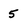
Character: 5